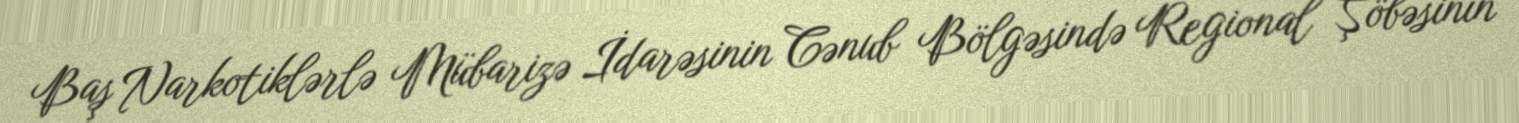
Baş Narkotiklərlə Mübarizə İdarəsinin Cənub Bölgəsində Regional Şöbəsinin